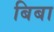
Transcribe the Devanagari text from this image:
बिबा